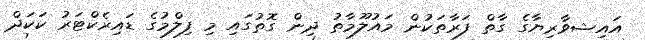
އައިޝވާރިޔާގެ ގާތް ފަރާތަކުން މައުލޫމާތު ދިން ގޮތުގައި މި ފިލްމުގެ ޑައިރެކްޓަރު ކަކަދް